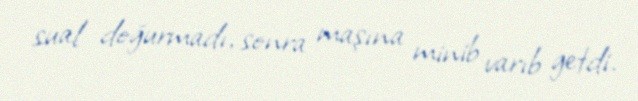
sual doğurmadı, sonra maşına minib varıb getdi.